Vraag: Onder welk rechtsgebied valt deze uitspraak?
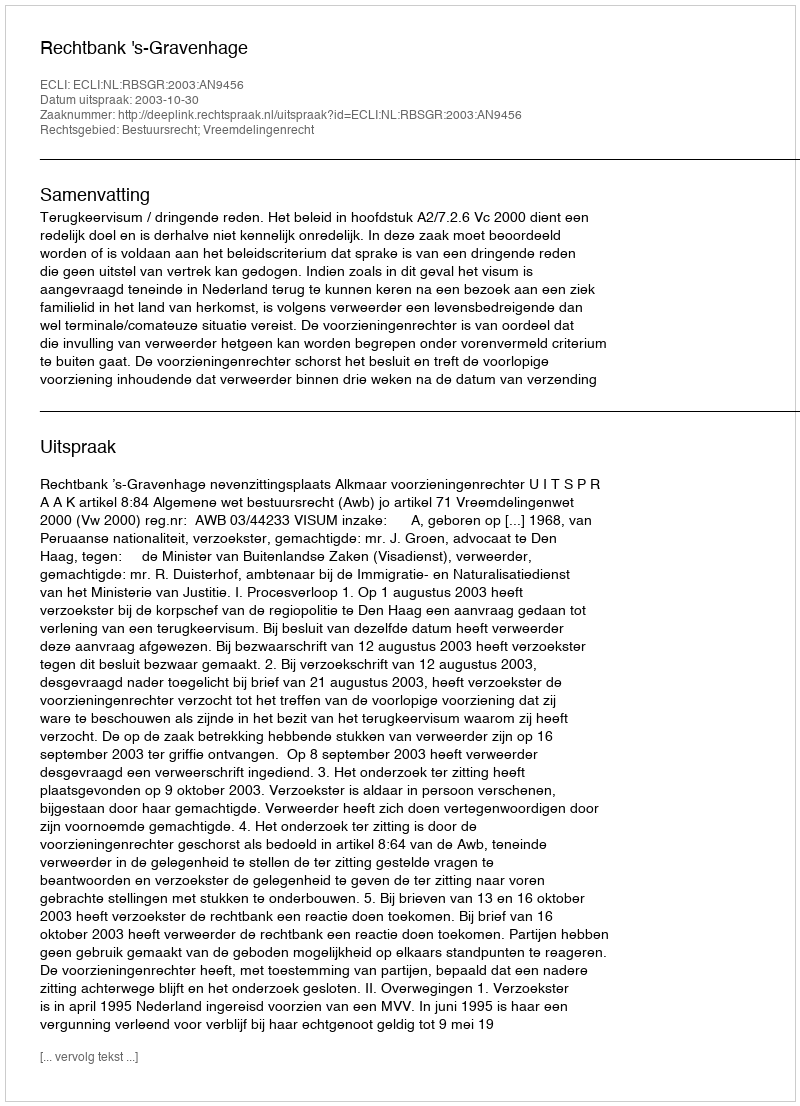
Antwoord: Bestuursrecht; Vreemdelingenrecht